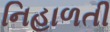
નિહાળતી